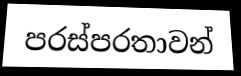
පරස්පරතාවන්